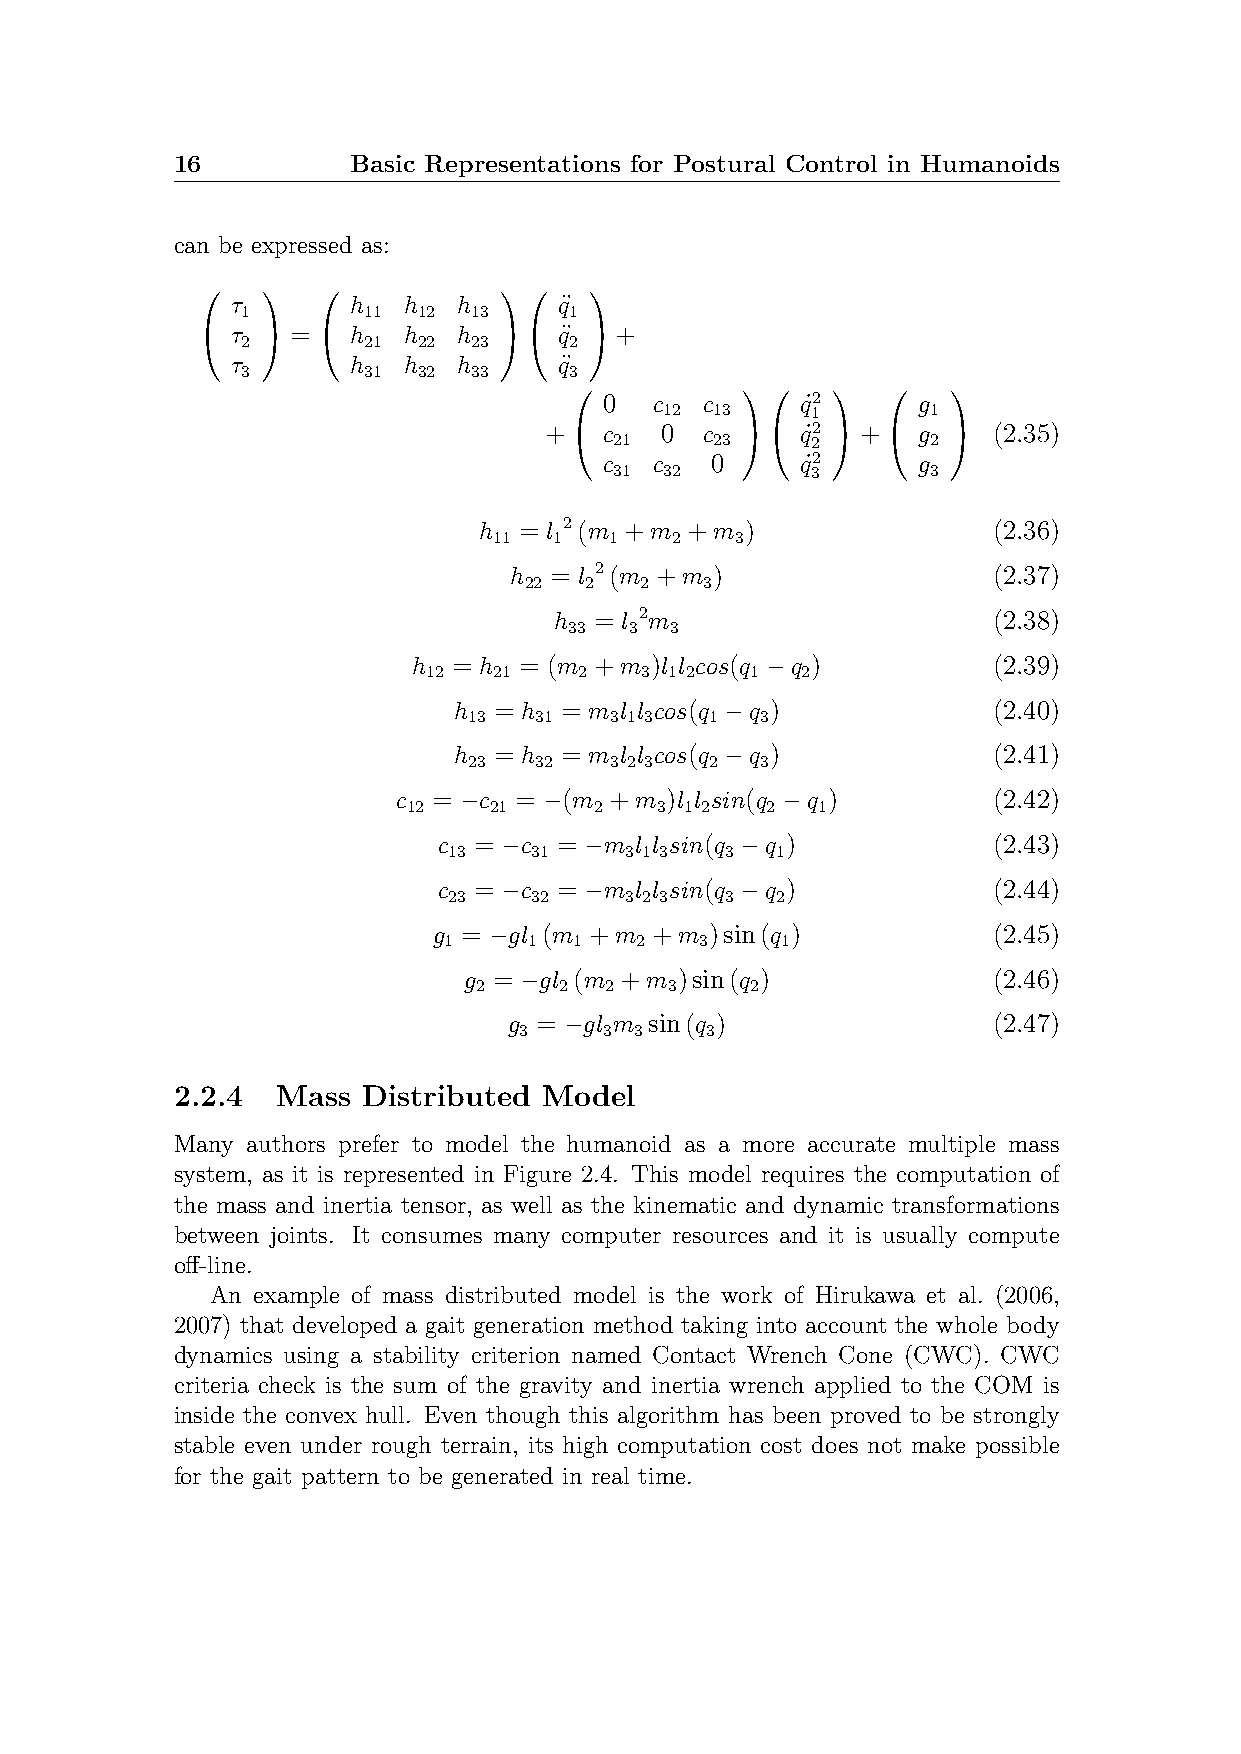
16          Basic Representations for Postural Control in Humanoids
 can be expressed as:
                      
 τ       h   h  h      q¨
 1       11  12 13     1
  τ 2  =  h 21 h 22 h 23  q¨ 2 +
 τ       h   h  h      q¨
 3       31  32 33     3
                     
 0  c  c      q˙2     g
 12 13     1       1
 +  c 21 0 c 23  q˙ 22 +  g 2  (2.35)
 c  c   0     q˙2     g
 31 32        3       3
 h = l 2(m +m +m  )                (2.36)
 11  1  1   2    3
 h = l 2(m +m )                  (2.37)
 22  2  2    3
 h = l 2m                     (2.38)
 33  3 3
 h  = h = (m +m  )l l cos(q −q )        (2.39)
 12   21   2   3 1 2   1  2
 h  = h = m l l cos(q −q )           (2.40)
 13  31   3 1 3  1  3
 h  = h = m l l cos(q −q )           (2.41)
 23  32   3 2 3  2  3
 c  = −c = −(m +m  )l l sin(q −q )       (2.42)
 12   21     2   3 1 2   2  1
 c = −c  = −m l l sin(q −q )          (2.43)
 13   31    3 1 3  3  1
 c = −c  = −m l l sin(q −q )          (2.44)
 23   32    3 2 3  3  2
 g = −gl (m +m +m  )sin(q )           (2.45)
 1     1  1   2   3     1
 g = −gl (m +m )sin(q )             (2.46)
 2     2  2   3     2
 g = −gl m sin(q )               (2.47)
 3     3 3    3
 2.2.4  Mass  Distributed Model
 Many authors prefer to model the humanoid as a more accurate multiple mass
 system, as it is represented in Figure 2.4. This model requires the computation of
 the mass and inertia tensor, as well as the kinematic and dynamic transformations
 between joints. It consumes many computer resources and it is usually compute
 off-line.
 An example of mass distributed model is the work of Hirukawa et al. (2006,
 2007) that developed a gait generation method taking into account the whole body
 dynamics using a stability criterion named Contact Wrench Cone (CWC). CWC
 criteria check is the sum of the gravity and inertia wrench applied to the COM is
 inside the convex hull. Even though this algorithm has been proved to be strongly
 stable even under rough terrain, its high computation cost does not make possible
 for the gait pattern to be generated in real time.